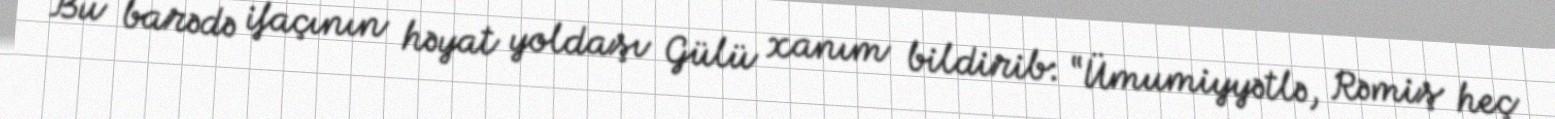
Bu barədə ifaçının həyat yoldaşı Gülü xanım bildirib: “Ümumiyyətlə, Rəmiş heç